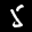
Label: 5